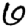
Digit: 6